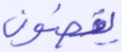
يقضون